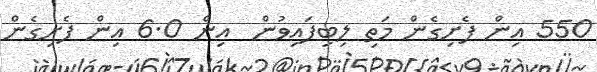
550 އިން ފެށިގެން މަތި ލިބިފައިވުން  އިން 6.0 އިން ފެށިގެން